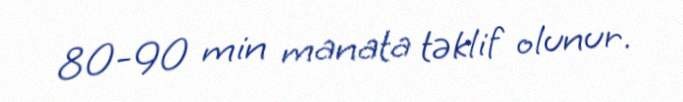
80-90 min manata təklif olunur.